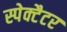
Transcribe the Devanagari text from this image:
स्पेक्टैटर